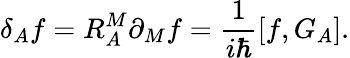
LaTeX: \delta_{A}f=R_{A}^{M}\partial_{M}f=\frac{1}{i\hbar}[f,G_{A}].